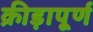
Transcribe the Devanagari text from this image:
क्रीड़ापूर्ण